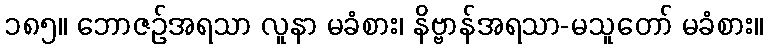
၁၈၅။ ဘောဇဉ်အရသာ လူနာ မခံစား၊ နိဗ္ဗာန်အရသာ-မသူတော် မခံစား။